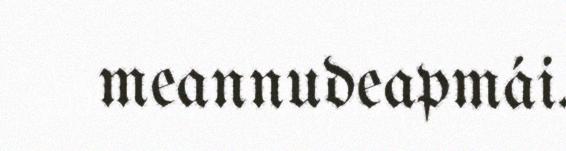
meannudeapmái.